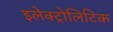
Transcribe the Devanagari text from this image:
इलेक्ट्रोलिटिक